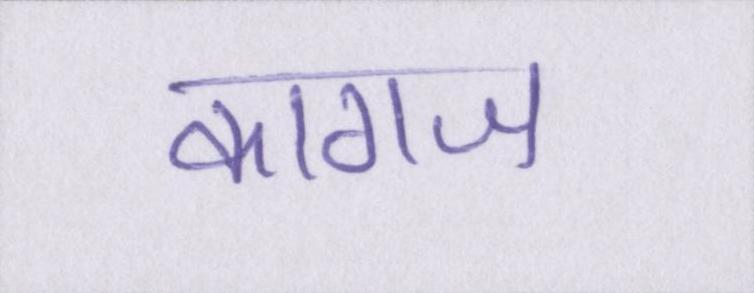
कागज